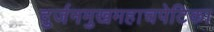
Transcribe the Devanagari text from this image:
दुर्जनमुखमहाचपेटिका